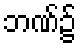
ဘဏ်၌